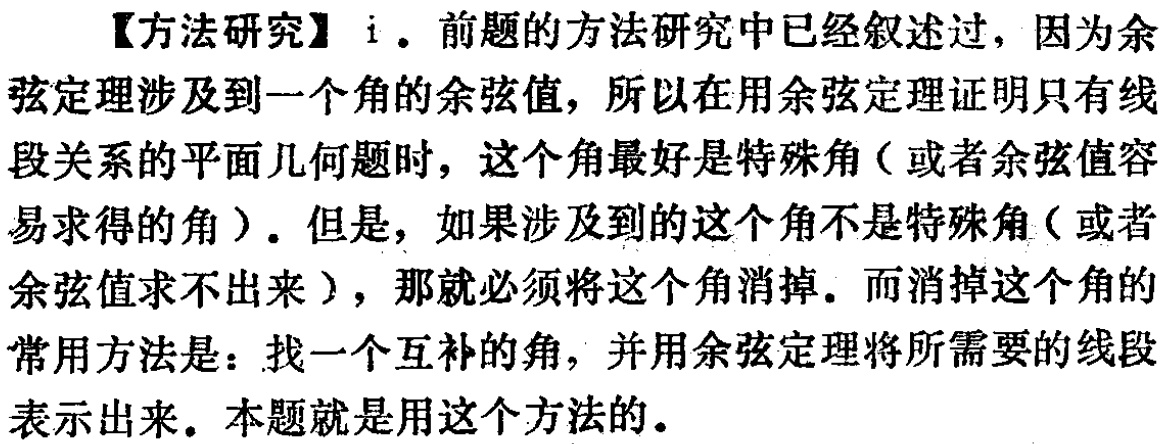
【方法研究】i. 前题的方法研究中已经叙述过，因为余弦定理涉及到一个角的余弦值，所以在用余弦定理证明只有线段关系的平面几何题时，这个角最好是特殊角（或者余弦值容易求得的角）. 但是，如果涉及到的这个角不是特殊角（或者余弦值求不出来），那就必须将这个角消掉. 而消掉这个角的常用方法是：找一个互补的角，并用余弦定理将所需要的线段表示出来. 本题就是用这个方法的.